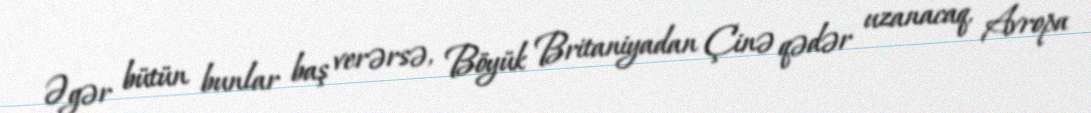
Əgər bütün bunlar baş verərsə, Böyük Britaniyadan Çinə qədər uzanacaq, Avropa